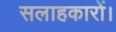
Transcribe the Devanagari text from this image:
सलाहकारों।